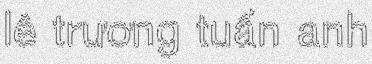
lê trương tuấn anh